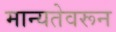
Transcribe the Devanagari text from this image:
मान्यतेवरून